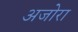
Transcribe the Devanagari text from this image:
अजोरा